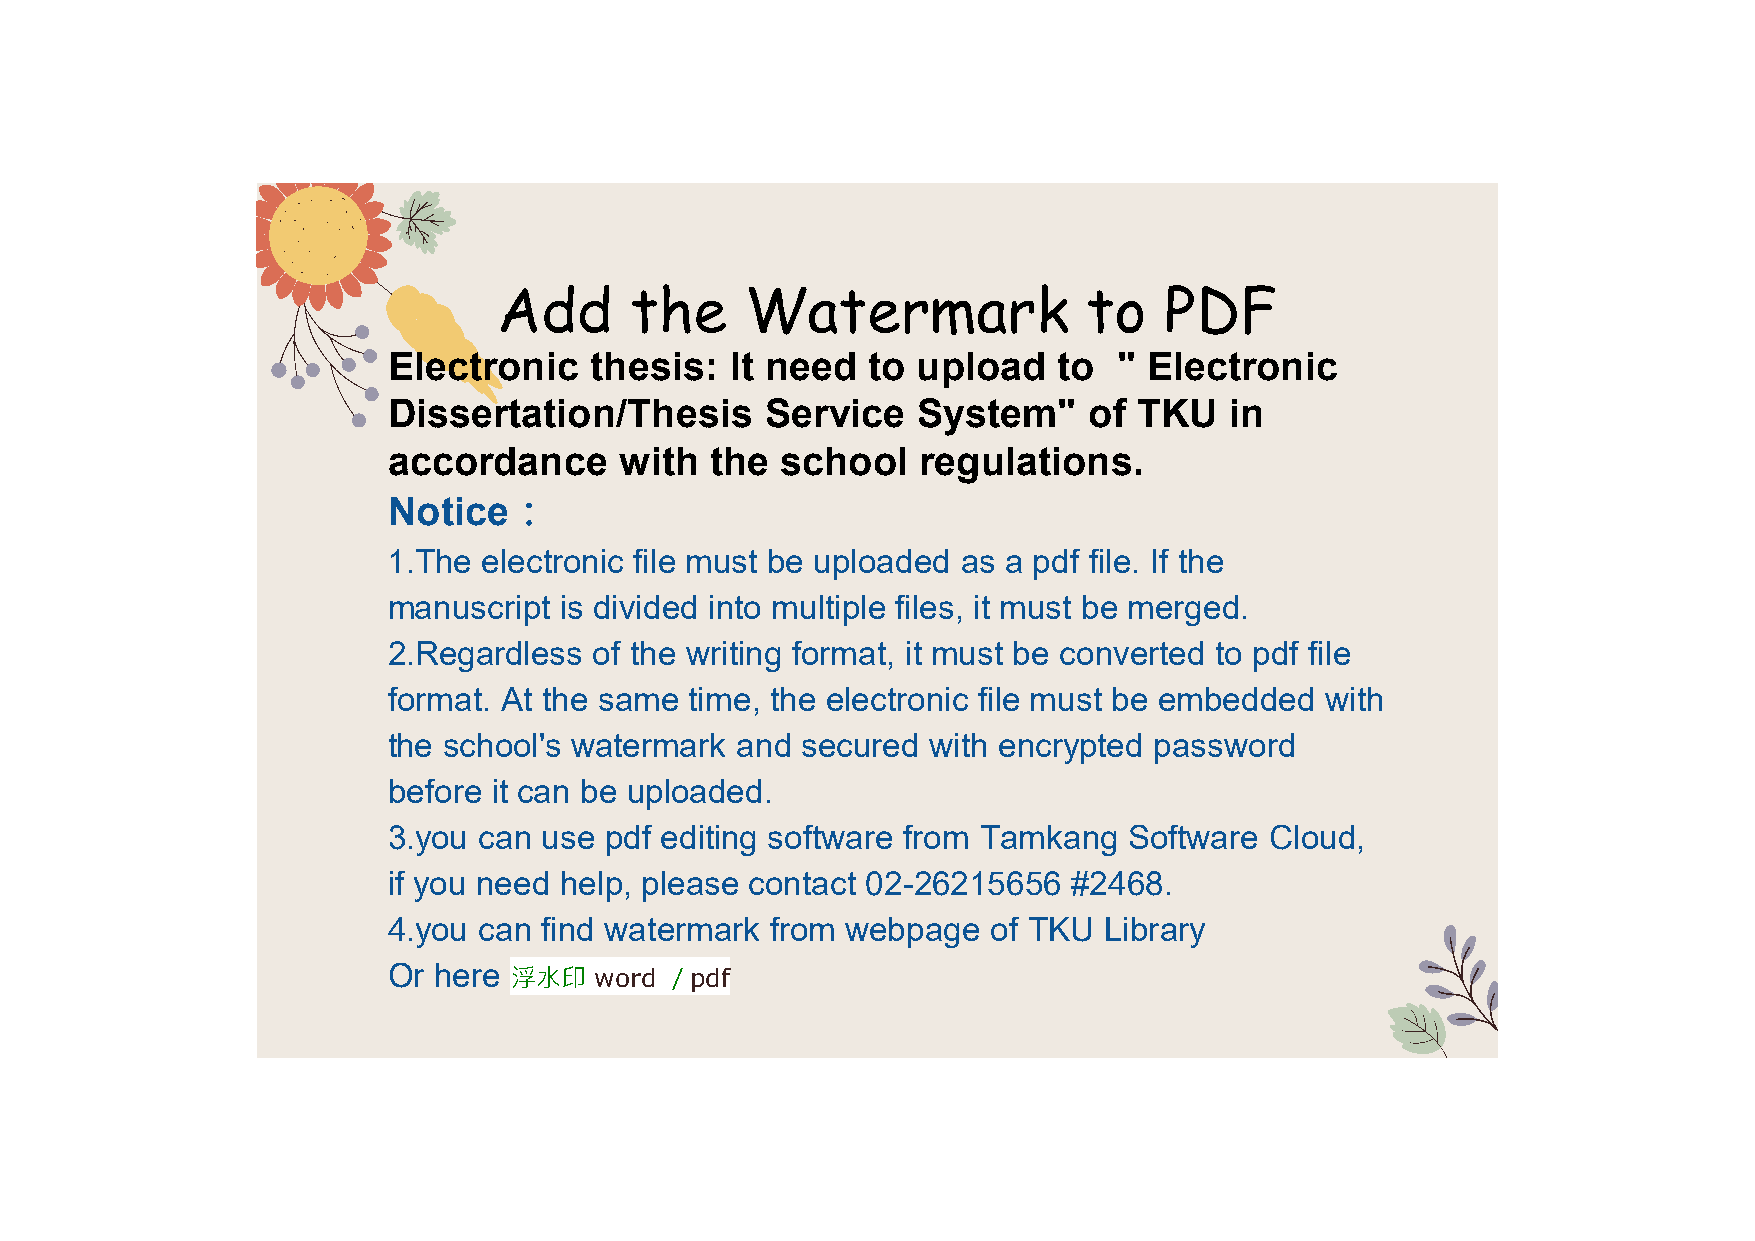
Add      the    Watermark              to   PDF
 Electronic   thesis:  It need  to  upload   to  " Electronic
 Dissertation/Thesis      Service   System"    of TKU   in
 accordance     with  the  school   regulations.
 Notice：
 1.The electronic file must be uploaded as a pdf file. If the
 manuscript is divided into multiple files, it must be merged.
 2.Regardless of the writing format, it must be converted to pdf file
 format. At the same time, the electronic file must be embedded with
 the school's watermark and secured  with encrypted password
 before it can be uploaded.
 3.you can use pdf editing software from Tamkang  Software Cloud,
 if you need help, please contact 02-26215656 #2468.
 4.you can find watermark from webpage   of TKU Library
 Or here
 浮水印  word ／pdf